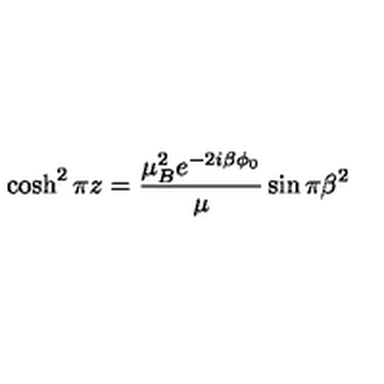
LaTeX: \cosh ^ { 2 } \pi z = \frac { \mu _ { B } ^ { 2 } e ^ { - 2 i \beta \phi _ { 0 } } } { \mu } \sin \pi \beta ^ { 2 }